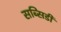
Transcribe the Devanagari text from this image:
सब्सिडी